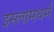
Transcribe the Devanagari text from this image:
इस्लामधर्म